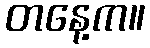
တနေ့က။